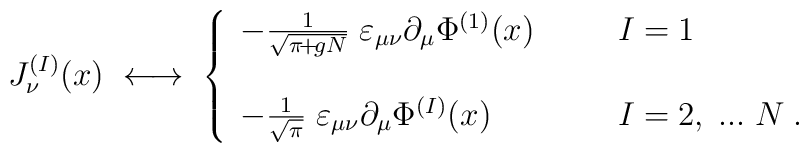
J^{(I)}_\nu(x) \; \longleftrightarrow \;\left\{ \begin{array}{ll}- \frac{1}{\sqrt{\pi\!+\!gN}} \;\varepsilon_{\mu \nu} \partial_\mu \Phi^{(1)}(x) \; \; \; \; \; \; & I = 1 \\\; & \;   \\- \frac{1}{\sqrt{\pi}} \;\varepsilon_{\mu \nu} \partial_\mu \Phi^{(I)}(x) \; \; \; \; \; \;& I = 2,\; ... \; N \; .\end{array} \right.